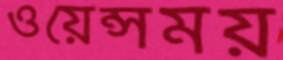
ওয়েন্সময়